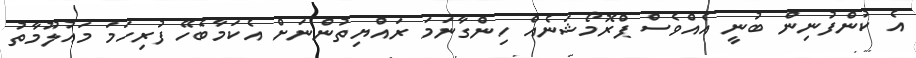
އެ ކުންފުނިން ބުނީ އެއްވެސް ޕްރޮމޯޝަނެއް ހިންގާނަމަ ރައްޔިތުންނަށް އެކަމާބެހޭ ފުރިހަމަ މައުލޫމާތު